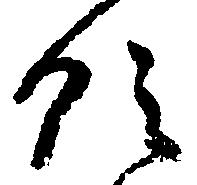
領